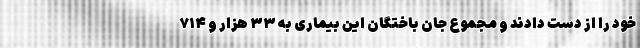
خود را از دست دادند و مجموع جان باختگان این بیماری به ۳۳ هزار و ۷۱۴